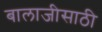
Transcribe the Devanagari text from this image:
बालाजीसाठी